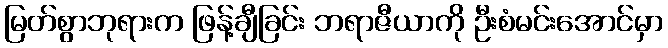
မြတ်စွာဘုရားက ဖြန့်ချီခြင်း ဘရာဇီယာကို ဦးစံမင်းအောင်မှာ